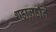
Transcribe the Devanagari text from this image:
शहाजहाँने